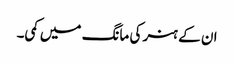
ان کے ہنر کی مانگ میں کمی۔